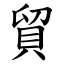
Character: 貿